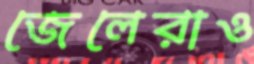
জেলেরাও